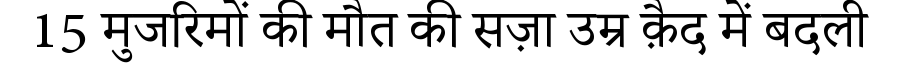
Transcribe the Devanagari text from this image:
15 मुजरिमों की मौत की सज़ा उम्र क़ैद में बदली